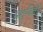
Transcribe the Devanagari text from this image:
धातुविज्ञों